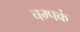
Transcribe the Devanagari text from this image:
चम्पकं